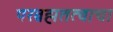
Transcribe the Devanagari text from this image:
परब्रह्मतत्वाचा